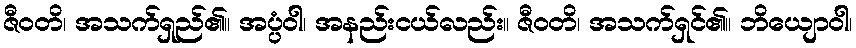
ဇီဝတိ၊ အသက်ရှည်၏။ အပ္ပံဝါ၊ အနည်းငယ်လည်း။ ဇီဝတိ၊ အသက်ရှင်၏။ ဘိယျောဝါ၊